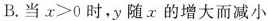
B.当 $$x > 0$$ 时，y随x的增大而减小